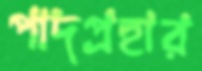
পাদপ্রহার